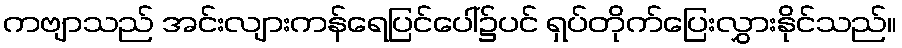
ကဗျာသည် အင်းလျားကန်ရေပြင်ပေါ်၌ပင် ရှပ်တိုက်ပြေးလွှားနိုင်သည်။